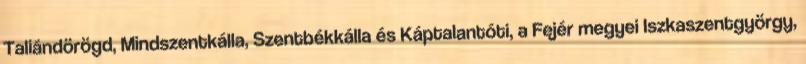
Taliándörögd, Mindszentkálla, Szentbékkálla és Káptalantóti, a Fejér megyei Iszkaszentgyörgy,